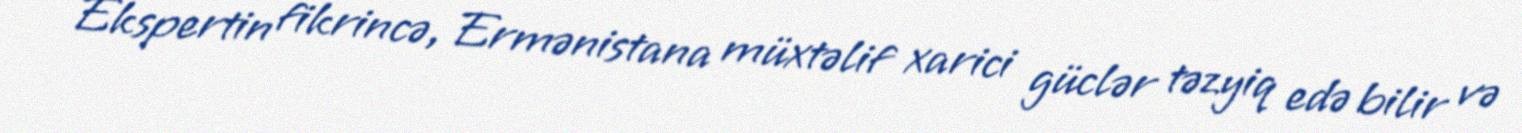
Ekspertin fikrincə, Ermənistana müxtəlif xarici güclər təzyiq edə bilir və